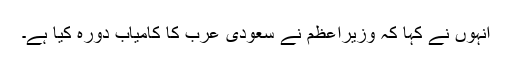
انہوں نے کہا کہ وزیراعظم نے سعودی عرب کا کامیاب دورہ کیا ہے۔